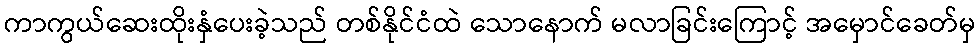
ကာကွယ်ဆေးထိုးနှံပေးခဲ့သည် တစ်နိုင်ငံထဲ သောနောက် မလာခြင်းကြောင့် အမှောင်ခေတ်မှ